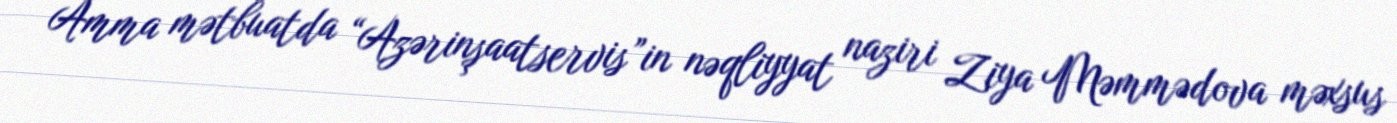
Amma mətbuatda “Azərinşaatservis”in nəqliyyat naziri Ziya Məmmədova məxsus